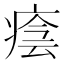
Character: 𤷜